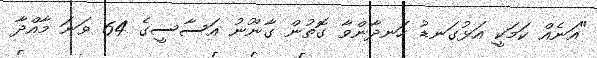
"އަނެއް ކަމަކީ އަޅުގަނޑު ހަނދާންވާ ގޮތުން ގާނޫނު އަސާސީގެ 64 ވަނަ މާއްދާ